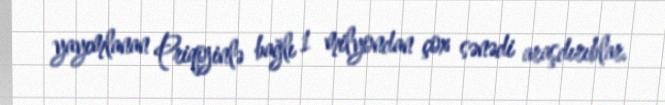
yayımlanan Priqojinlə bağlı 1 milyondan çox sənədi araşdırıblar.